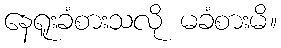
နေရူးခံစားသလို မခံစားမိ။